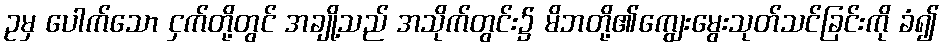
ဥမှ ပေါက်သော ငှက်တို့တွင် အချို့သည် အသိုက်တွင်း၌ မိဘတို့၏ကျွေးမွေးသုတ်သင်ခြင်းကို ခံ၍